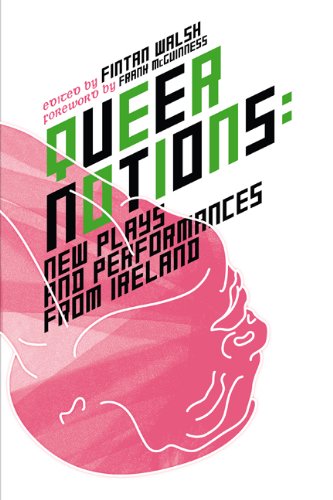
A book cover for Queer Notions: New Plays and Performances from Ireland; Literature & Fiction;